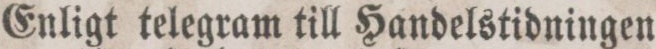
Enligt telegram till Handelstidningen